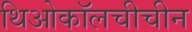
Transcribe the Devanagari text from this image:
थिओकॉलचीचीन